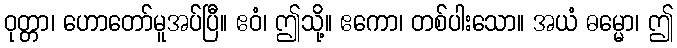
ဝုတ္တာ၊ ဟောတော်မူအပ်ပြီ။ ဧဝံ၊ ဤသို့။ ဧကော၊ တစ်ပါးသော။ အယံ ဓမ္မော၊ ဤ